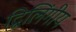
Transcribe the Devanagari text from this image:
द्विलिंगीय